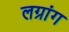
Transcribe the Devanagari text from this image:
लग्रांग